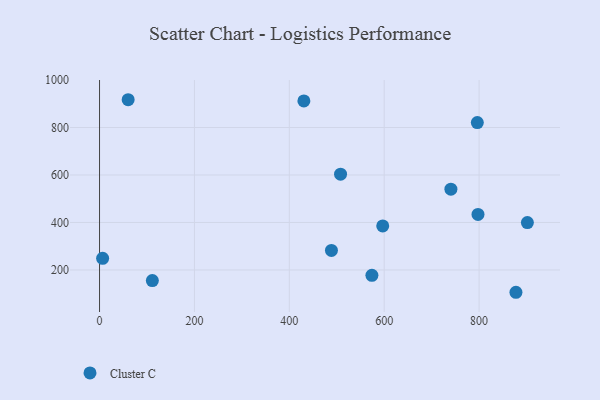
{"axis": {"x": "Price", "y": "Rating"}, "legend": ["Cluster C"], "data": [{"x": "796.3", "y": 820.7, "type": "Cluster C"}, {"x": "508.0", "y": 603.5, "type": "Cluster C"}, {"x": "596.9", "y": 385.3, "type": "Cluster C"}, {"x": "797.7", "y": 433.7, "type": "Cluster C"}, {"x": "430.7", "y": 912.0, "type": "Cluster C"}, {"x": "6.5", "y": 249.2, "type": "Cluster C"}, {"x": "877.7", "y": 106.0, "type": "Cluster C"}, {"x": "901.8", "y": 399.4, "type": "Cluster C"}, {"x": "488.8", "y": 282.4, "type": "Cluster C"}, {"x": "740.6", "y": 540.1, "type": "Cluster C"}, {"x": "60.3", "y": 917.0, "type": "Cluster C"}, {"x": "111.3", "y": 155.3, "type": "Cluster C"}, {"x": "574.1", "y": 177.6, "type": "Cluster C"}]}